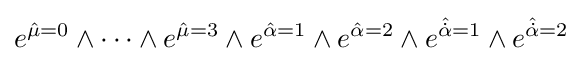
e^{{\hat {\mu }}=0}\wedge \cdots \wedge e^{{\hat {\mu }}=3}\wedge e^{{\hat {\alpha }}=1}\wedge e^{{\hat {\alpha }}=2}\wedge e^{{\hat {\dot {\alpha }}}=1}\wedge e^{{\hat {\dot {\alpha }}}=2}